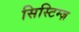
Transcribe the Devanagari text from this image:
सिस्टिम्ज़